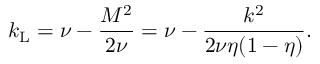
k _ { \mathrm { L } } = \nu - \frac { M ^ { 2 } } { 2 \nu } = \nu - \frac { k ^ { 2 } } { 2 \nu \eta ( 1 - \eta ) } .